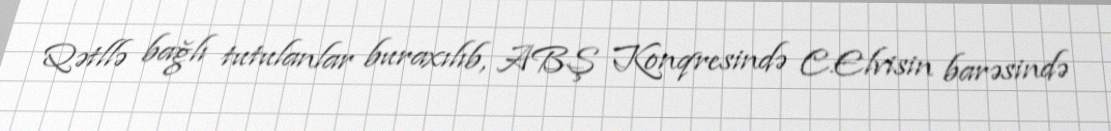
Qətllə bağlı tutulanlar buraxılıb, ABŞ Konqresində C.Elvisin barəsində